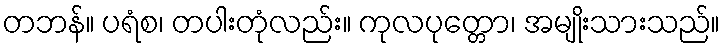
တဘန်။ ပရံစ၊ တပါးတုံလည်း။ ကုလပုတ္တော၊ အမျိုးသားသည်။